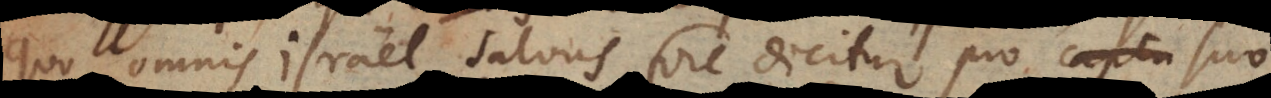
nis Israel salvus fore dicitur pro captu suo